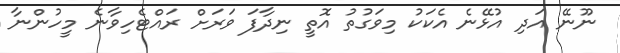
ނޫނޭ އަދި އުޅޭނެ އެކަކު މިވަގުތު އޮތީ ނިދާފަ ވަރަށް ރައްޓެހިވާނެ މީހުންނާ